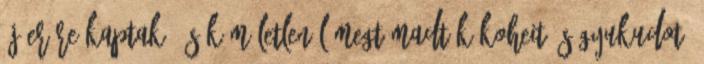
új erőre kaptak, és kíméletlenül megtámadták Koheit és Gyukudot.